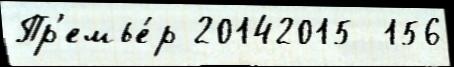
Пр'емье́р 20142015  156